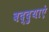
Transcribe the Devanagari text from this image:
बद्दुयाएं